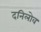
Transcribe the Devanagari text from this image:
दनिलोव